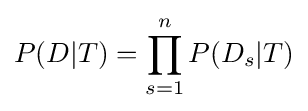
P(D|T)=\prod _{s=1}^{n}{P(D_{s}|T)}